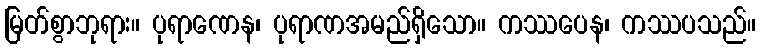
မြတ်စွာဘုရား။ ပုရာဏေန၊ ပုရာဏအမည်ရှိသော။ ကဿပေန၊ ကဿပသည်။